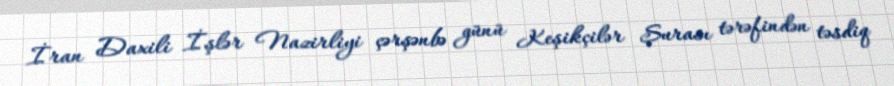
İran Daxili İşlər Nazirliyi çərşənbə günü Keşikçilər Şurası tərəfindən təsdiq